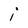
Character: i